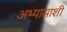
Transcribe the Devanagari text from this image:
अभ्यासाशी